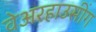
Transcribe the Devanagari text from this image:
वेअरहाउसींग